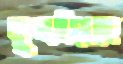
মুতাইয়াছে